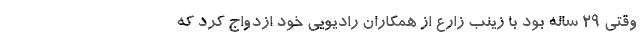
وقتی 29 ساله بود با زینب زارع از همکاران رادیویی خود ازدواج کرد که